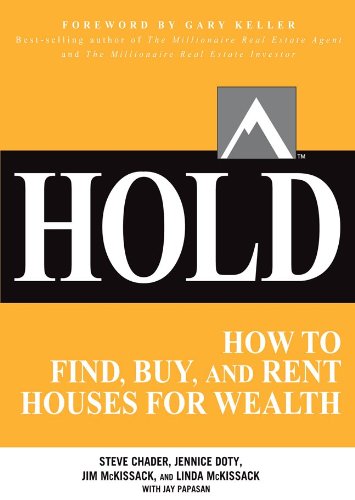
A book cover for HOLD: How to Find, Buy, and Rent Houses for Wealth; Steve Chader; Business & Money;